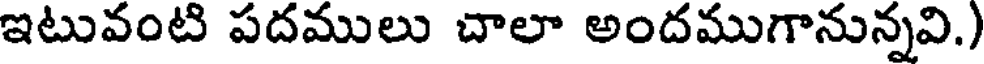
ఇటువంటి పదములు చాలా అందముగానున్నవి.)